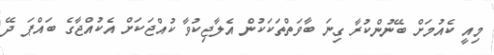
މިއީ ކެއުމަށް ބޭނުންކުރާ ގިނަ ބާވަތްތަކަކުން އެލާޖިކުވާ ކުއްޖަކަށް އެކުއްޖާގެ ބައްޕަ ދޭ